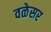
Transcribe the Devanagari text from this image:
वळेसर